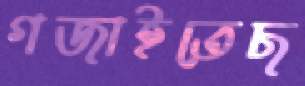
গজাইতেছ